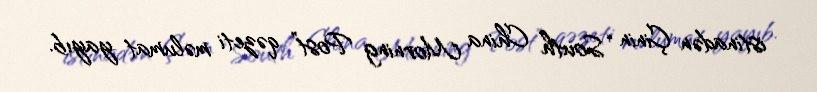
istinadən Çinin “South China Morning Post” qəzeti məlumat yayıb.